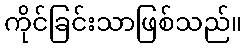
ကိုင်ခြင်းသာဖြစ်သည်။